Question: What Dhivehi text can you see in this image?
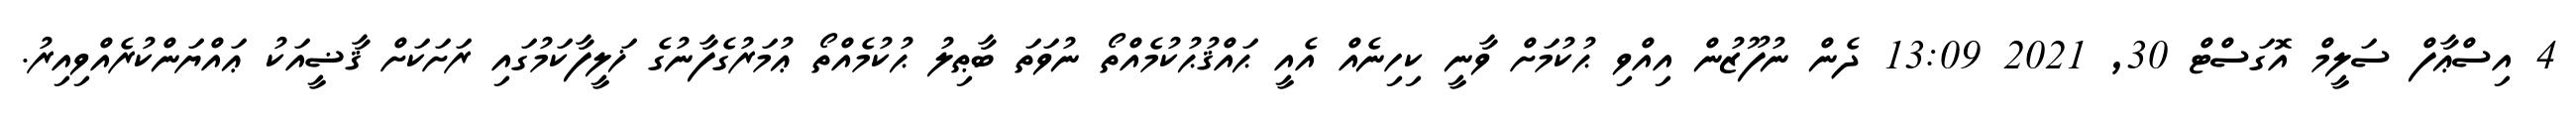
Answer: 4 އިސްޢާފް ސަލީމް އޮގަސްޓް 30, 2021 13:09 ދެން ނުފޫޒުން އިއްވި ޙުކުމަށް ވާނީ ކިހިނެއް އެއީ ޙައްޤުޙުކުމެއްތޯ ނުވަތަ ބާޠިލު ޙުކުމެއްތޯ ޢުމަރުގެފާނުގެ ޚަލީފާކަމުގައި ރަށަކަށް ޤާޟީއަކު ޢައްޔަންކުރެއްވިއިރު.